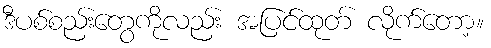
ဒီပစ်စည်းတွေကိုလည်း အပြင်ထုတ် လိုက်တော့။